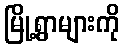
မြို့ရွာများကို